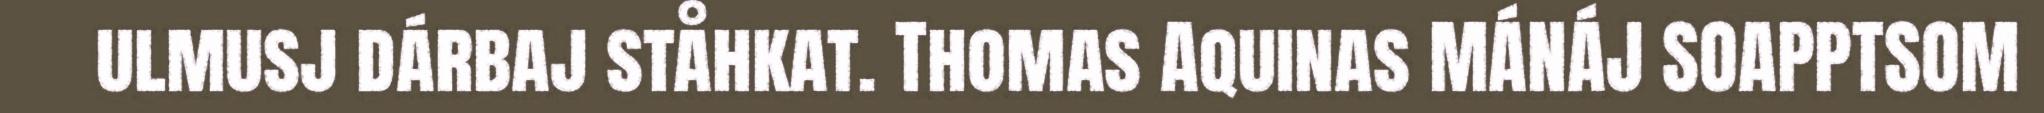
ulmusj dárbaj ståhkat. Thomas Aquinas MÁNÁJ SOAPPTSOM